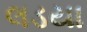
લડયા